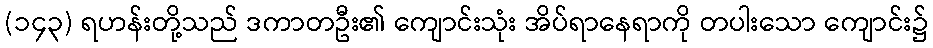
(၁၄၃) ရဟန်းတို့သည် ဒကာတဦး၏ ကျောင်းသုံး အိပ်ရာနေရာကို တပါးသော ကျောင်း၌